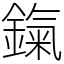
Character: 鎎